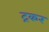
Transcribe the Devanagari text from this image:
ट्रकर